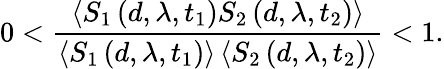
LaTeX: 0<\frac{\left\langle S_{1}\left(d,\lambda,t_{1}\right)S_{2}\left(d,\lambda,t_{2}\right)\right\rangle}{\left\langle S_{1}\left(d,\lambda,t_{1}\right)\right\rangle\left\langle S_{2}\left(d,\lambda,t_{2}\right)\right\rangle}<1.